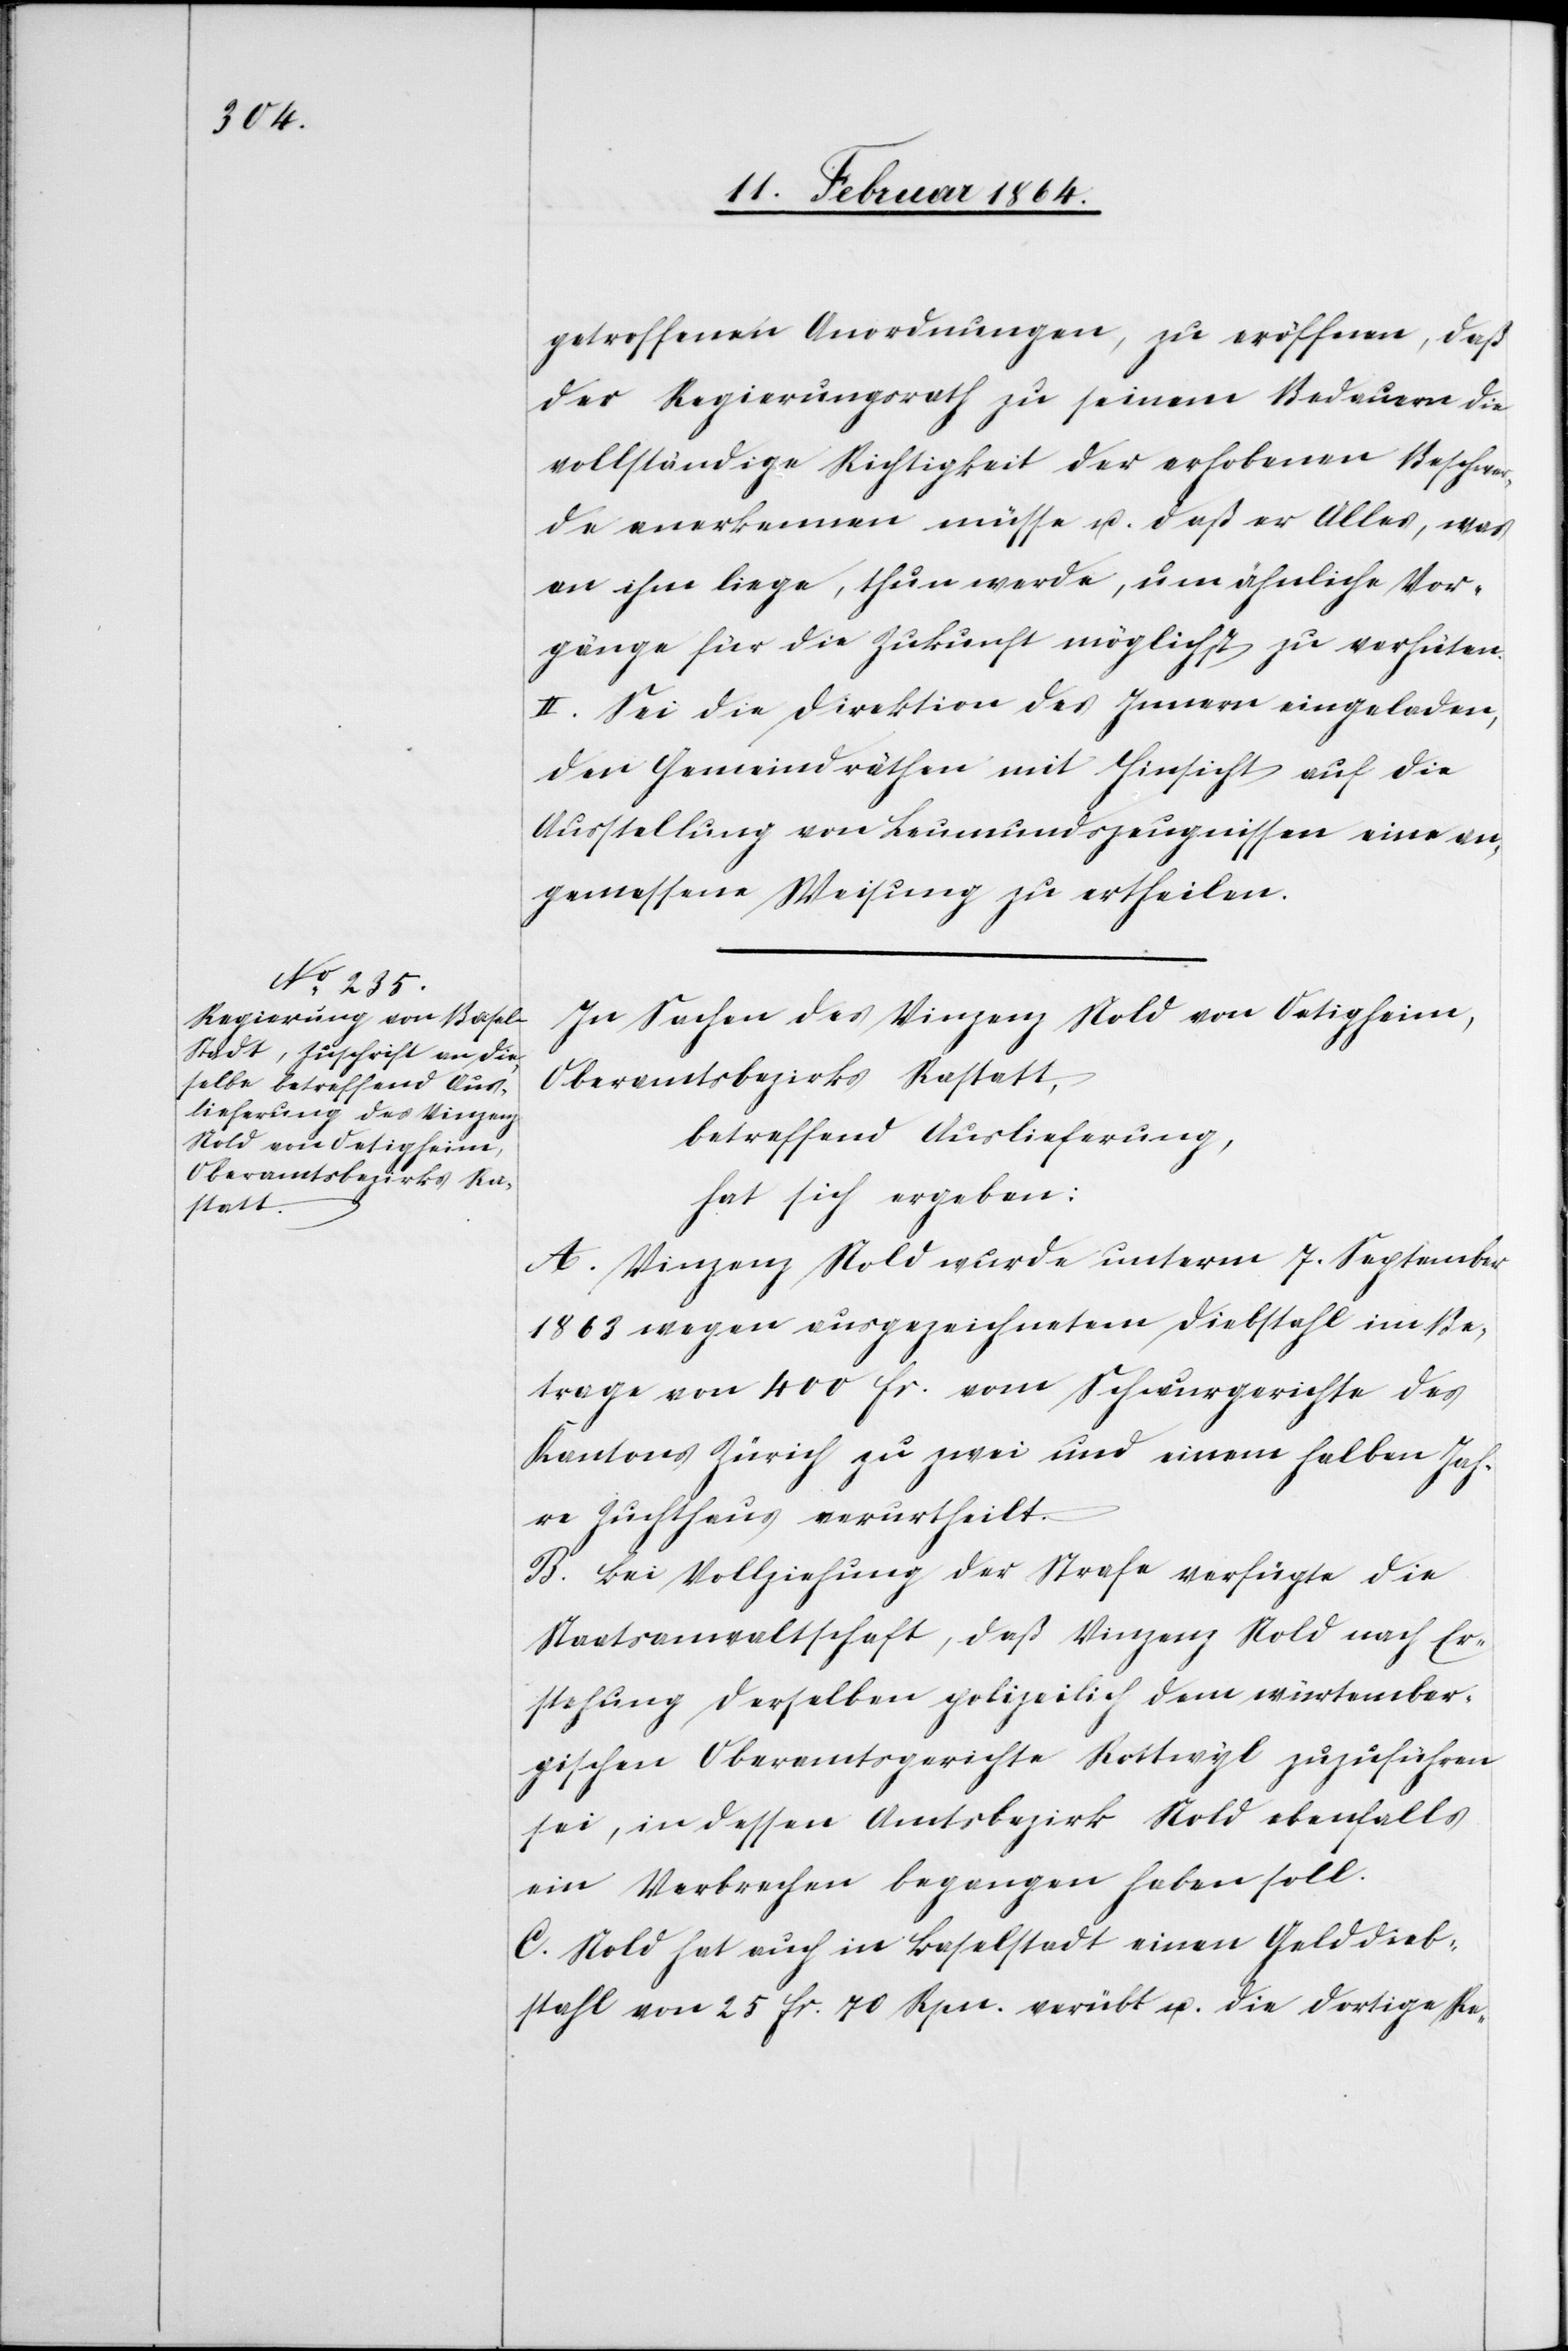
getroffenen Anordnungen, zu eröffnen, daß
der Regierungsrath zu seinem Bedauern die
vollständige Richtigkeit der erhobenen Beschwer¬
den anerkennen müsse u. daß er Alles, was
an ihm liege, thun werde, um ähnliche Vor¬
gänge für die Zukunft möglichst zu verhüten.
II. Sei die Direktion des Innern eingeladen,
den Gemeindräthen mit Hinsicht auf die
Ausstellung von Leumundszeugnissen eine an¬
gemessene Weisung zu ertheilen.
In Sachen des Vinzenz Nold von Oetigheim,
Oberamtsbezirks Rastatt,
betreffend Auslieferung,
hat sich ergeben:
A. Vinzenz Nold wurde unterm 7. September
1863 wegen ausgezeichnetem Diebstahl im Be¬
trage von 400 fr. vom Schwurgerichte des
Kantons Zürich zu zwei und einem halben Jah¬
re Zuchthaus verurtheilt.
B. Bei Vollziehung der Strafe verfügte die
Staatsanwaltschaft, daß Vinzenz Nold nach Er¬
stehung derselben polizeilich dem würtember¬
gischen Oberamtsgerichte Rottwyl zuzuführen
sei, in dessen Amtsbezirk Nold ebenfalls
ein Verbrechen begangen haben soll.
C: Nold hat auch in Baselstadt einen Gelddieb¬
stahl von 25 fr. 70 Rpn verübt u. die dortige Re-